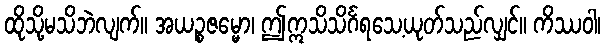
ထိုသို့မသိဘဲလျက်။ အယဉ္စဇမ္မော၊ ဤဣသိသိင်္ဂရသေ့ယုတ်သည်လျှင်။ ကိဿဝါ၊